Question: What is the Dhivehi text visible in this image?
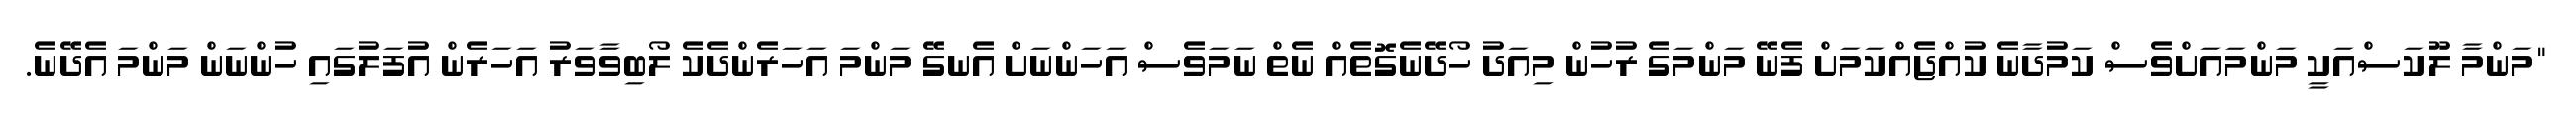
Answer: "މަންމާ ލޫކަސްއަކީ މަންމައަށްވެސް ކަމުދާނެ ކުއްޖެއްކަމަށް ފެނޭ މަންމަގެ ރުހުން މިއަދު ހޯދޭނެގޮތެއް ނެތް ނަމަވެސް އަހަންނަށް އެނގޭ މަންމަ އަހަރެންދެކެ ލޯބިވާވަރު އަހަރެން އުފަލުގައި ހުންނަން މަންމަ އެދޭނެ.